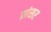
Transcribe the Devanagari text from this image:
प्रांसर